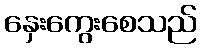
နှေးကွေးစေသည်